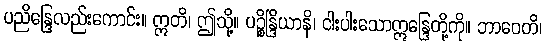
ပညိန္ဒြေလည်းကောင်း။ ဣတိ၊ ဤသို့။ ပဉ္စိန္ဒြိယာနိ၊ ငါးပါးသောဣန္ဒြေတို့ကို။ ဘာဝေတိ၊